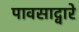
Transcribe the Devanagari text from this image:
पावसाद्वारे